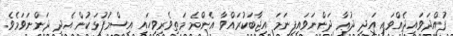
ފުއްދަވައިދެއްވައި އަދި ދުޢާ ދަންނަވައިފިނަމަ އިޖާބަކުރައްވާ އެންމެ މަތިވެރިވިހައި އިސްމުފުޅަކުން އެދި ދަންނަވަމެވެ.